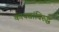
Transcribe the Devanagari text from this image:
कायद्यांविरुद्ध